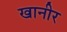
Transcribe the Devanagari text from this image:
खानीर